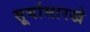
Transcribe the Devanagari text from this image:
सूर्यासारखे